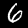
Digit: 6